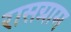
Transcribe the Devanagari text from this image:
रासग्राम